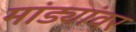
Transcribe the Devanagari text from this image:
मांड्यांवर